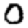
Digit: 0